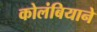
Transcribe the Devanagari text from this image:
कोलंबियाने